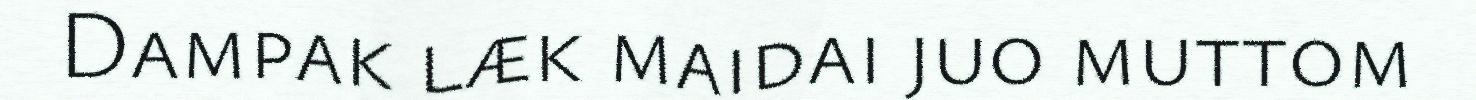
Dampak læk maidai juo muttom